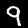
Label: 9